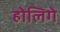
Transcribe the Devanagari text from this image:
होलिगे